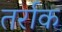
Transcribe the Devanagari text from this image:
तर्राक